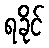
ရခိုင်